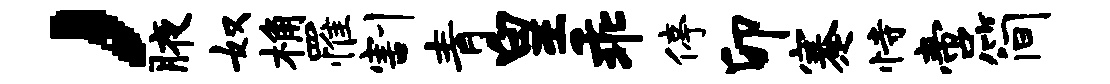
，腋奴桷罹割青皇乖停卯蹇恃啻简